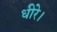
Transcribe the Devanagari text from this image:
धीरे।